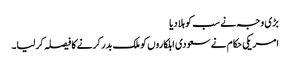
بڑی وجہ نے سب کو ہلا دیا
امریکی حکام نے سعودی اہلکاروں کو ملک بدر کرنے کا فیصلہ کرلیا۔